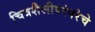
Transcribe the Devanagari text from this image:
चित्रशैलीपरंपरेचे